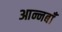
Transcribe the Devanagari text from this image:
आन्नबाँ